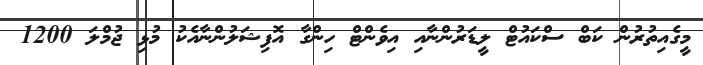
މީގެއިތުރުން ކަބް ސްކައުޓް ލީޑަރުންނާއި އިވެންޓް ހިންގާ އޮފިޝަލުންނާއެކު މުޅި ޖުމްލަ 1200